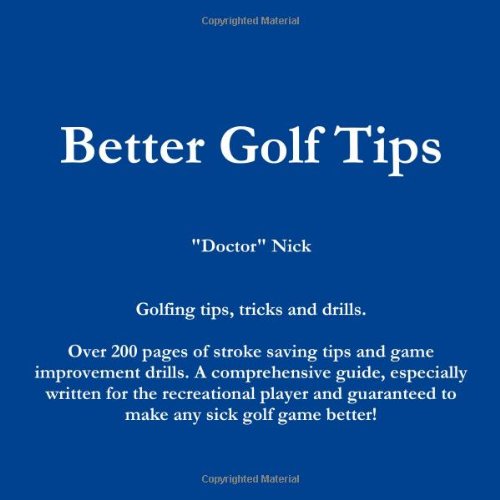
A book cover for Better Golf Tips; Doctor" Nick; Sports & Outdoors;